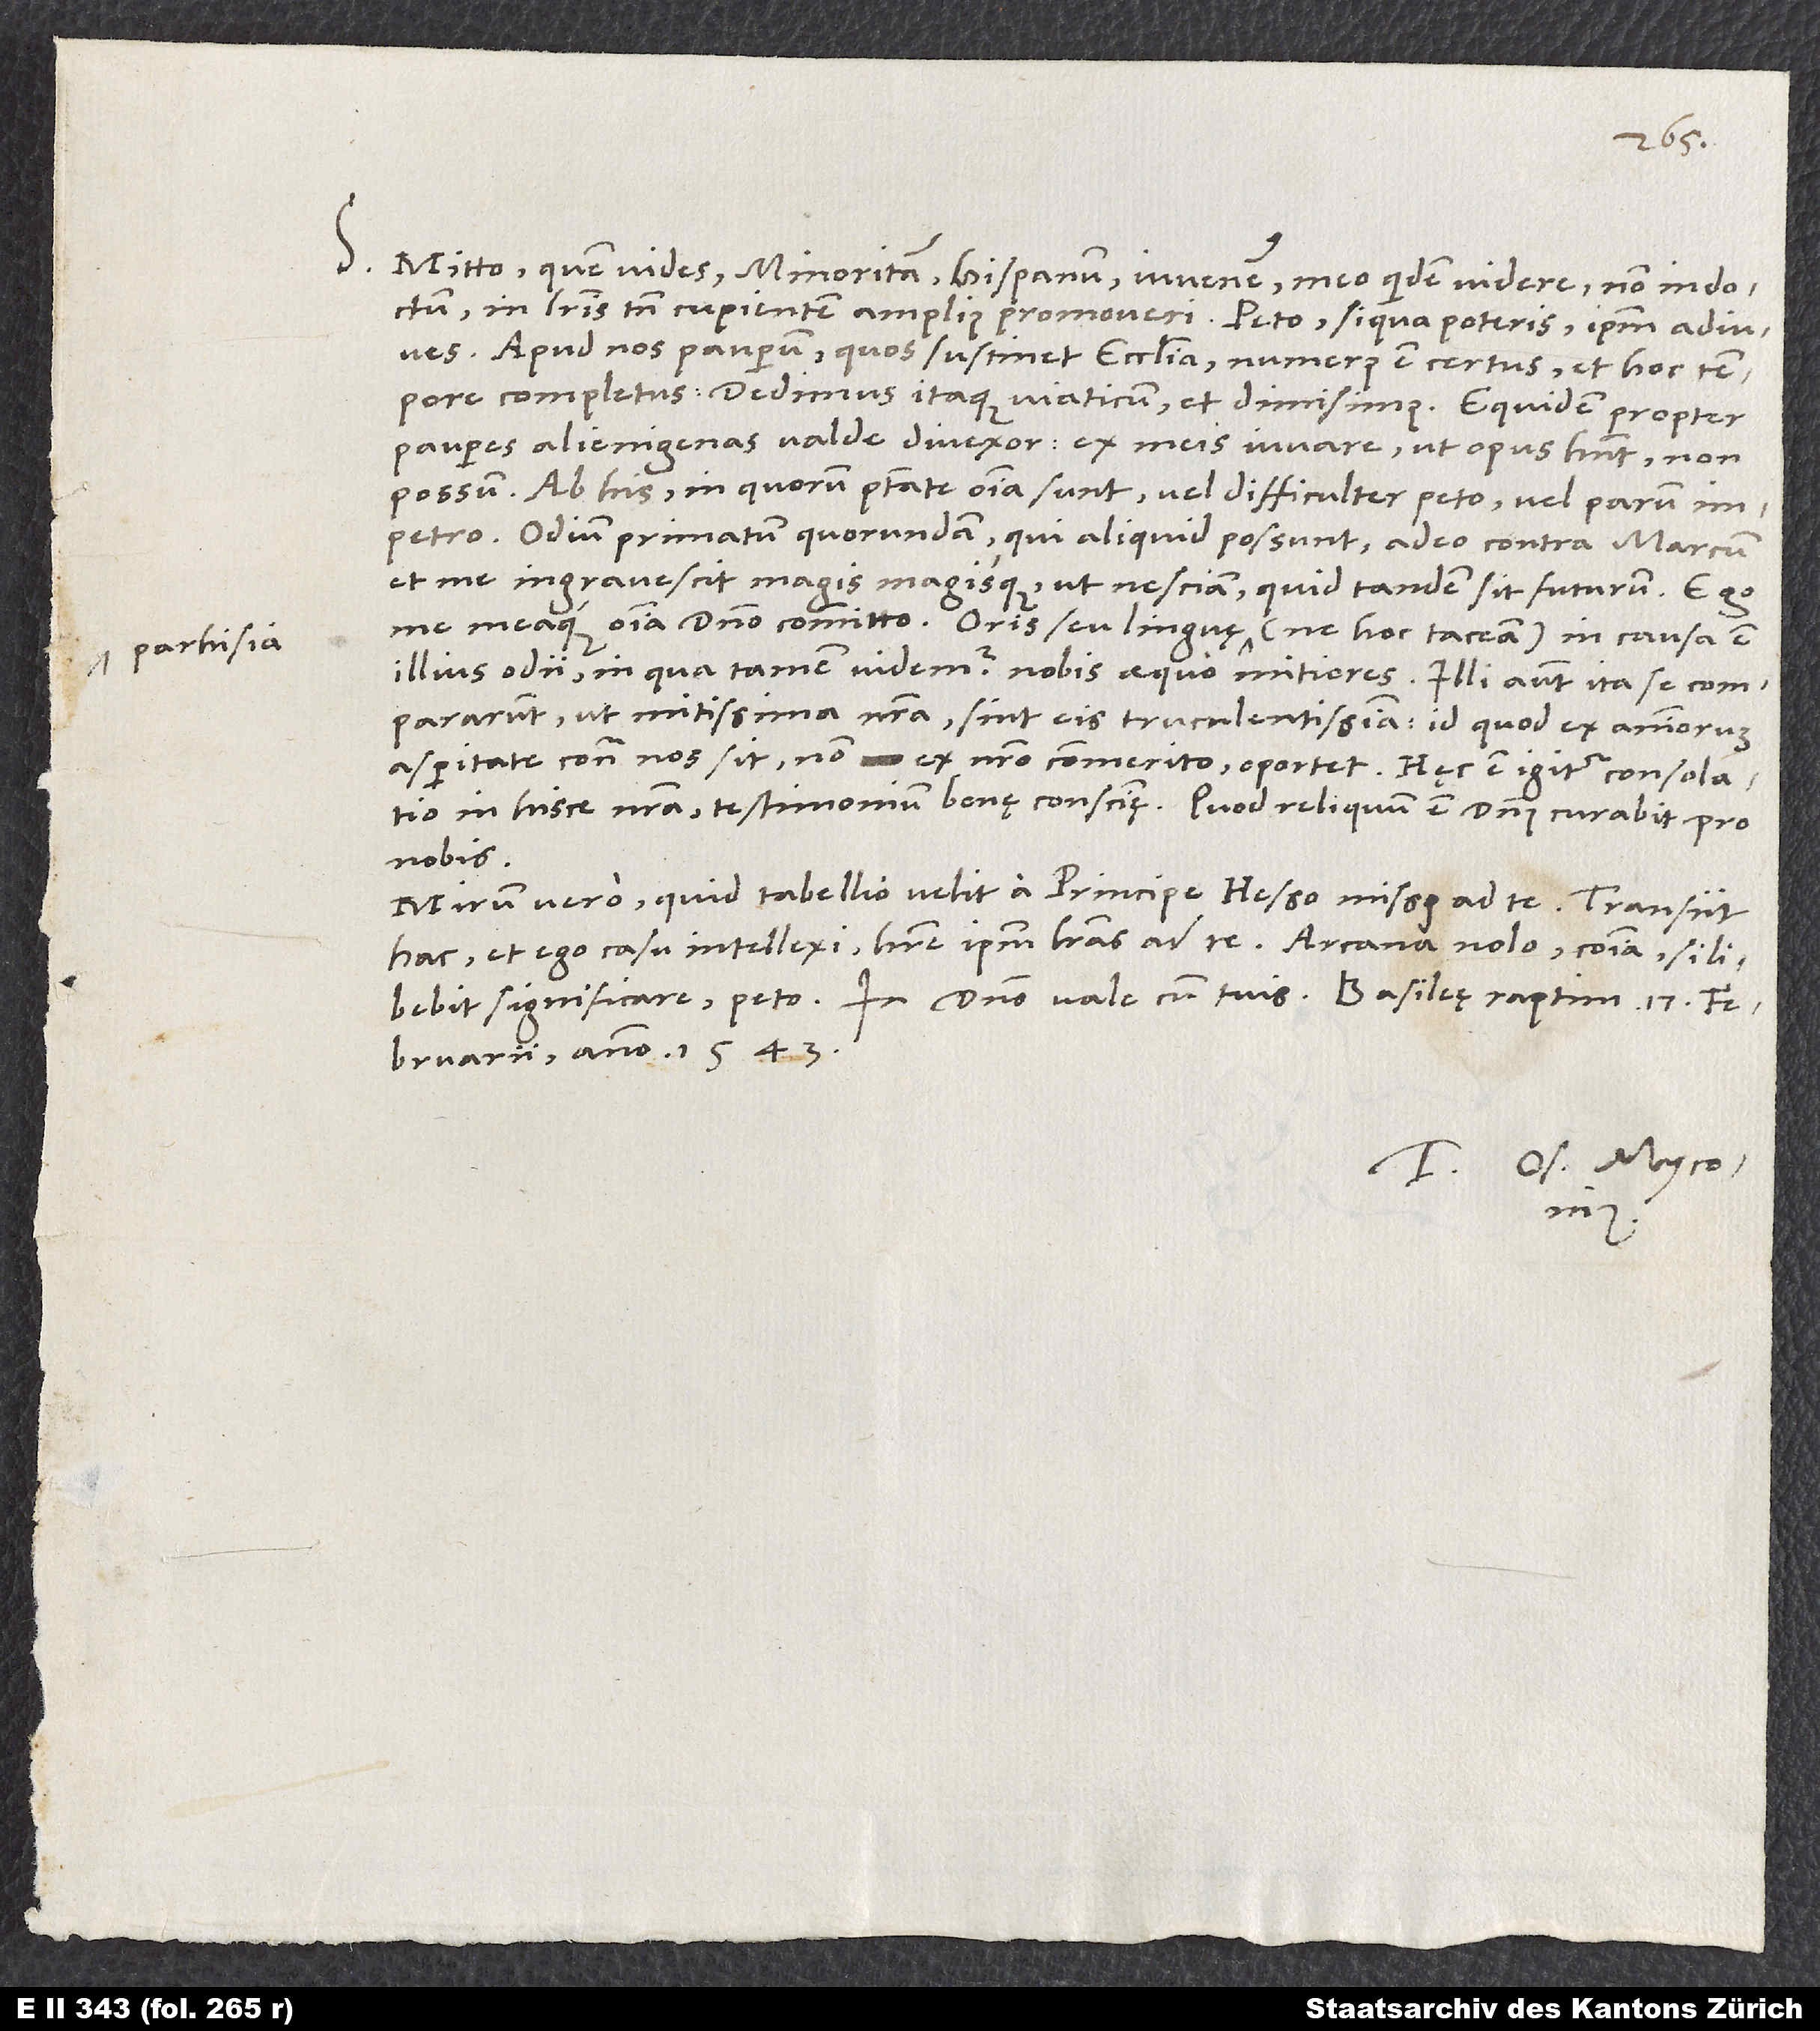
S. Mitto, quem vides, minoritam Hispanum, iuvenem meo quidem videre non indoctum,
in literis tamen cupientem amplius promoveri. Peto, si qua poteris, ipsum adiuves.
Apud nos pauperum, quos sustinet ecclesia, numerus est certus et hoc tempore
completus. Dedimus itaque viaticum et dimisimus. Equidem propter
pauperes alienigenas valde divexor: Ex meis iuvare, ut opus habent, non
possum; ab his, in quorum potestate omnia sunt, vel difficulter peto vel parum
impetro. Odium primatum quorundam, qui aliquid possunt, adeo contra Marcum
et me ingravescit magis magisque, ut nesciam, quid tandem sit futurus. Ego
me meaque omnia domino committo. Oris seu linguę parhisia (ne hoc taceam) in causa est
illius odii, in qua tamen videmur nobis aequo mitiores. Illi autem ita se compararunt,
mitissima nostra sint eis truculentissima, id quod ex animorum
asperitate contra nos sit, non ex nostro commerito, oportet. Hęc est igitur consolatio
in hisce nostra, testimonium bonę conscientię. Quod reliquum est, dominus curabit pro
nobis.
Mirum vero, quid tabellio velit a principe Hesso missus ad te. Transiit
hac, et ego casu intellexi habere ipsum literas ad te. Arcana nolo; communia, si libebit
februarii anno 1543.